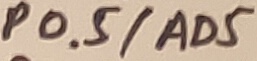
Text: P0.5/AD5